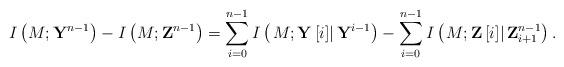
LaTeX: \begin{align*}I\left( {M;{{\bf{Y}}^{n - 1}}} \right) - I\left( {M;{{\bf{Z}}^{n - 1}}} \right) = \sum\limits_{i = 0}^{n - 1} {I\left( {\left. {M;{\bf{Y}}\left[ i \right]} \right|{{\bf{Y}}^{i - 1}}} \right)} - \sum\limits_{i = 0}^{n - 1} I\left( {\left. {M;{\bf{Z}}\left[ i \right]} \right|{\bf{Z}}_{i + 1}^{n - 1}} \right).\end{align*}